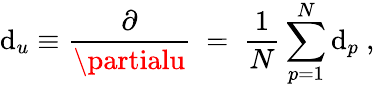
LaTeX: \mathrm{d}_{u}\equiv\frac{{\partial}}{{\partialu}}\ =\ \frac{{1}}{{N}}\sum_{p=1}^{N}\mathrm{d}_{p}\ ,